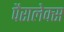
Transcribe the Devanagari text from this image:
पैरालेक्स